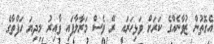
އެގޮތުން ޒުވާނެއްގެ ކަރަށް ވަޅިހަރައި ރޭ ވެސް މަރާލާފައި ވާއިރު މިދިޔަ ހަފްތާގެ